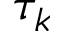
\tau _ { k }